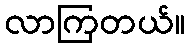
လာကြတယ်။